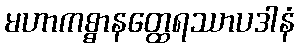
မဟာကစ္စာနတ္ထေရဿာပဒါနံ